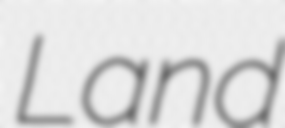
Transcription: Land